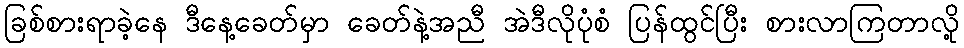
ခြစ်စားရာခဲ့နေ ဒီနေ့ခေတ်မှာ ခေတ်နဲ့အညီ အဲဒီလိုပုံစံ ပြန်ထွင်ပြီး စားလာကြတာလို့